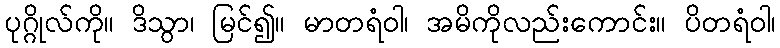
ပုဂ္ဂိုလ်ကို။ ဒိသွာ၊ မြင်၍။ မာတရံဝါ၊ အမိကိုလည်းကောင်း။ ပိတရံဝါ၊